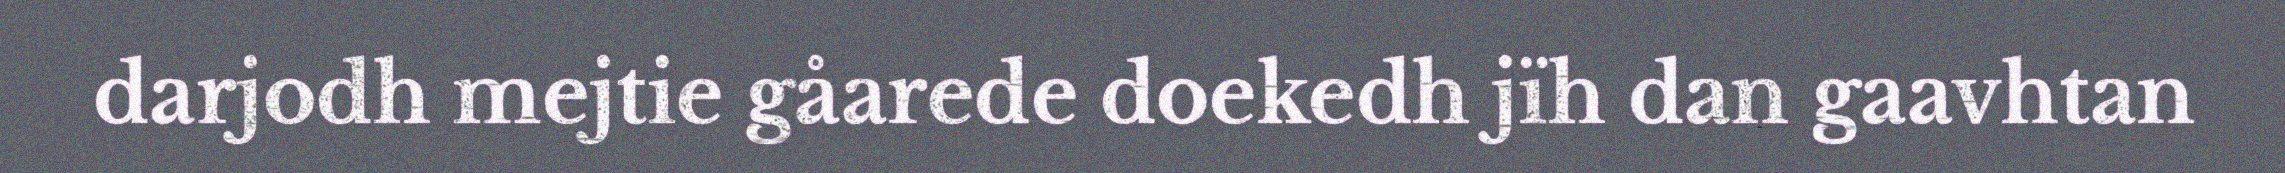
darjodh mejtie gåarede doekedh jïh dan gaavhtan